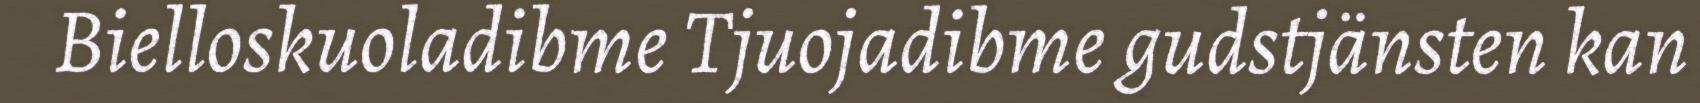
Bielloskuoladibme Tjuojadibme gudstjänsten kan